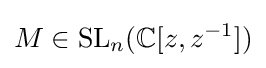
M\in \mathrm {SL} _{n}(\mathbb {C} [z,z^{-1}])